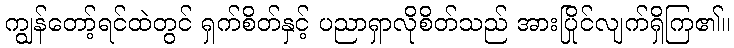
ကျွန်တော့်ရင်ထဲတွင် ရှက်စိတ်နှင့် ပညာရှာလိုစိတ်သည် အားပြိုင်လျက်ရှိကြ၏။